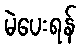
မဲပေးရန်